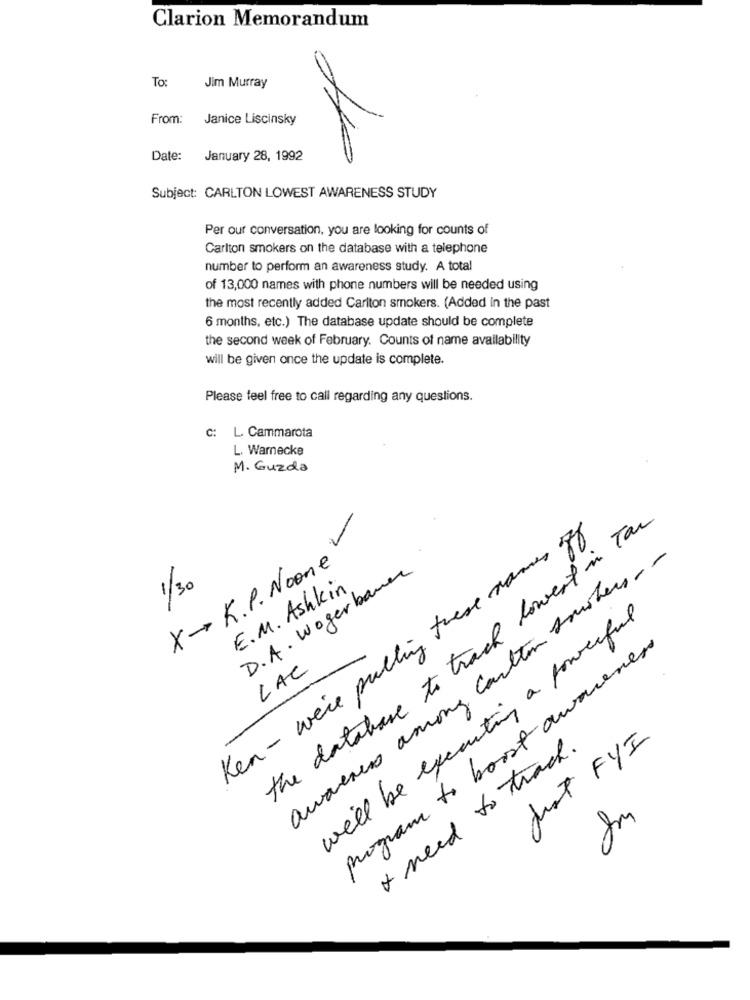
Clarion Memorandum
To:
Jim Murray
From: Janice Liscinsky
Date:
January 28, 1992
Subject: CARLTON LOWEST AWARENESS STUDY
Per our conversation, you are looking for counts of
Carlton smokers on the database with a telephone
number to perform an awareness study. A total
of 13,000 names with phone numbers will be needed using
the most recently added Carlton smokers. (Added In the past
6 months, etc.) The database update should be complete
the second week of February. Counts of name availability
will be given once the update is complete.
Please feel free to call regarding any questions.
c: L. Cammarota
L. Warnecke
M. Guzda
Ken - we're pulling these names off
the database to track lowest in Tac
X- K.P. Noone
awareness among cotton soushers- -
D.A. Wogerbauer
1/30
E.M. Ashkin
we'll be executing a powerful
program to boost awareness
LAC
Just FYI
I need to track.